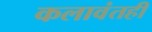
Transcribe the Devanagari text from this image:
कलावंतही